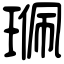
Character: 𤦍